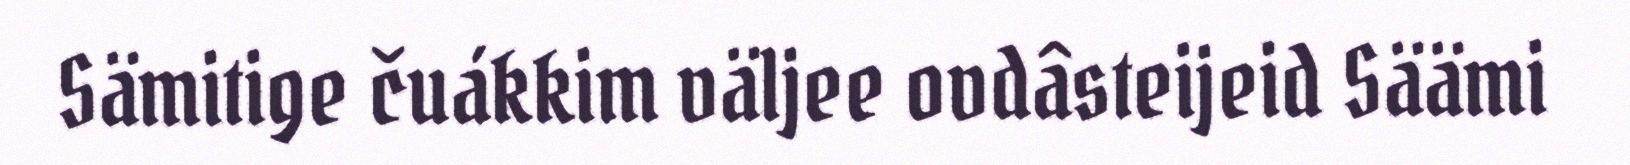
Sämitige čuákkim väljee ovdâsteijeid Säämi